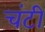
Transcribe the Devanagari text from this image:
चंटी